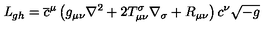
{ \it L } _ { g h } = \overline { { c } } ^ { \mu } \left( g _ { \mu \nu } \nabla ^ { 2 } + 2 T _ { \mu \nu } ^ { \sigma } \nabla _ { \sigma } + R _ { \mu \nu } \right) c ^ { \nu } \sqrt { - g }